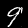
Digit: 9